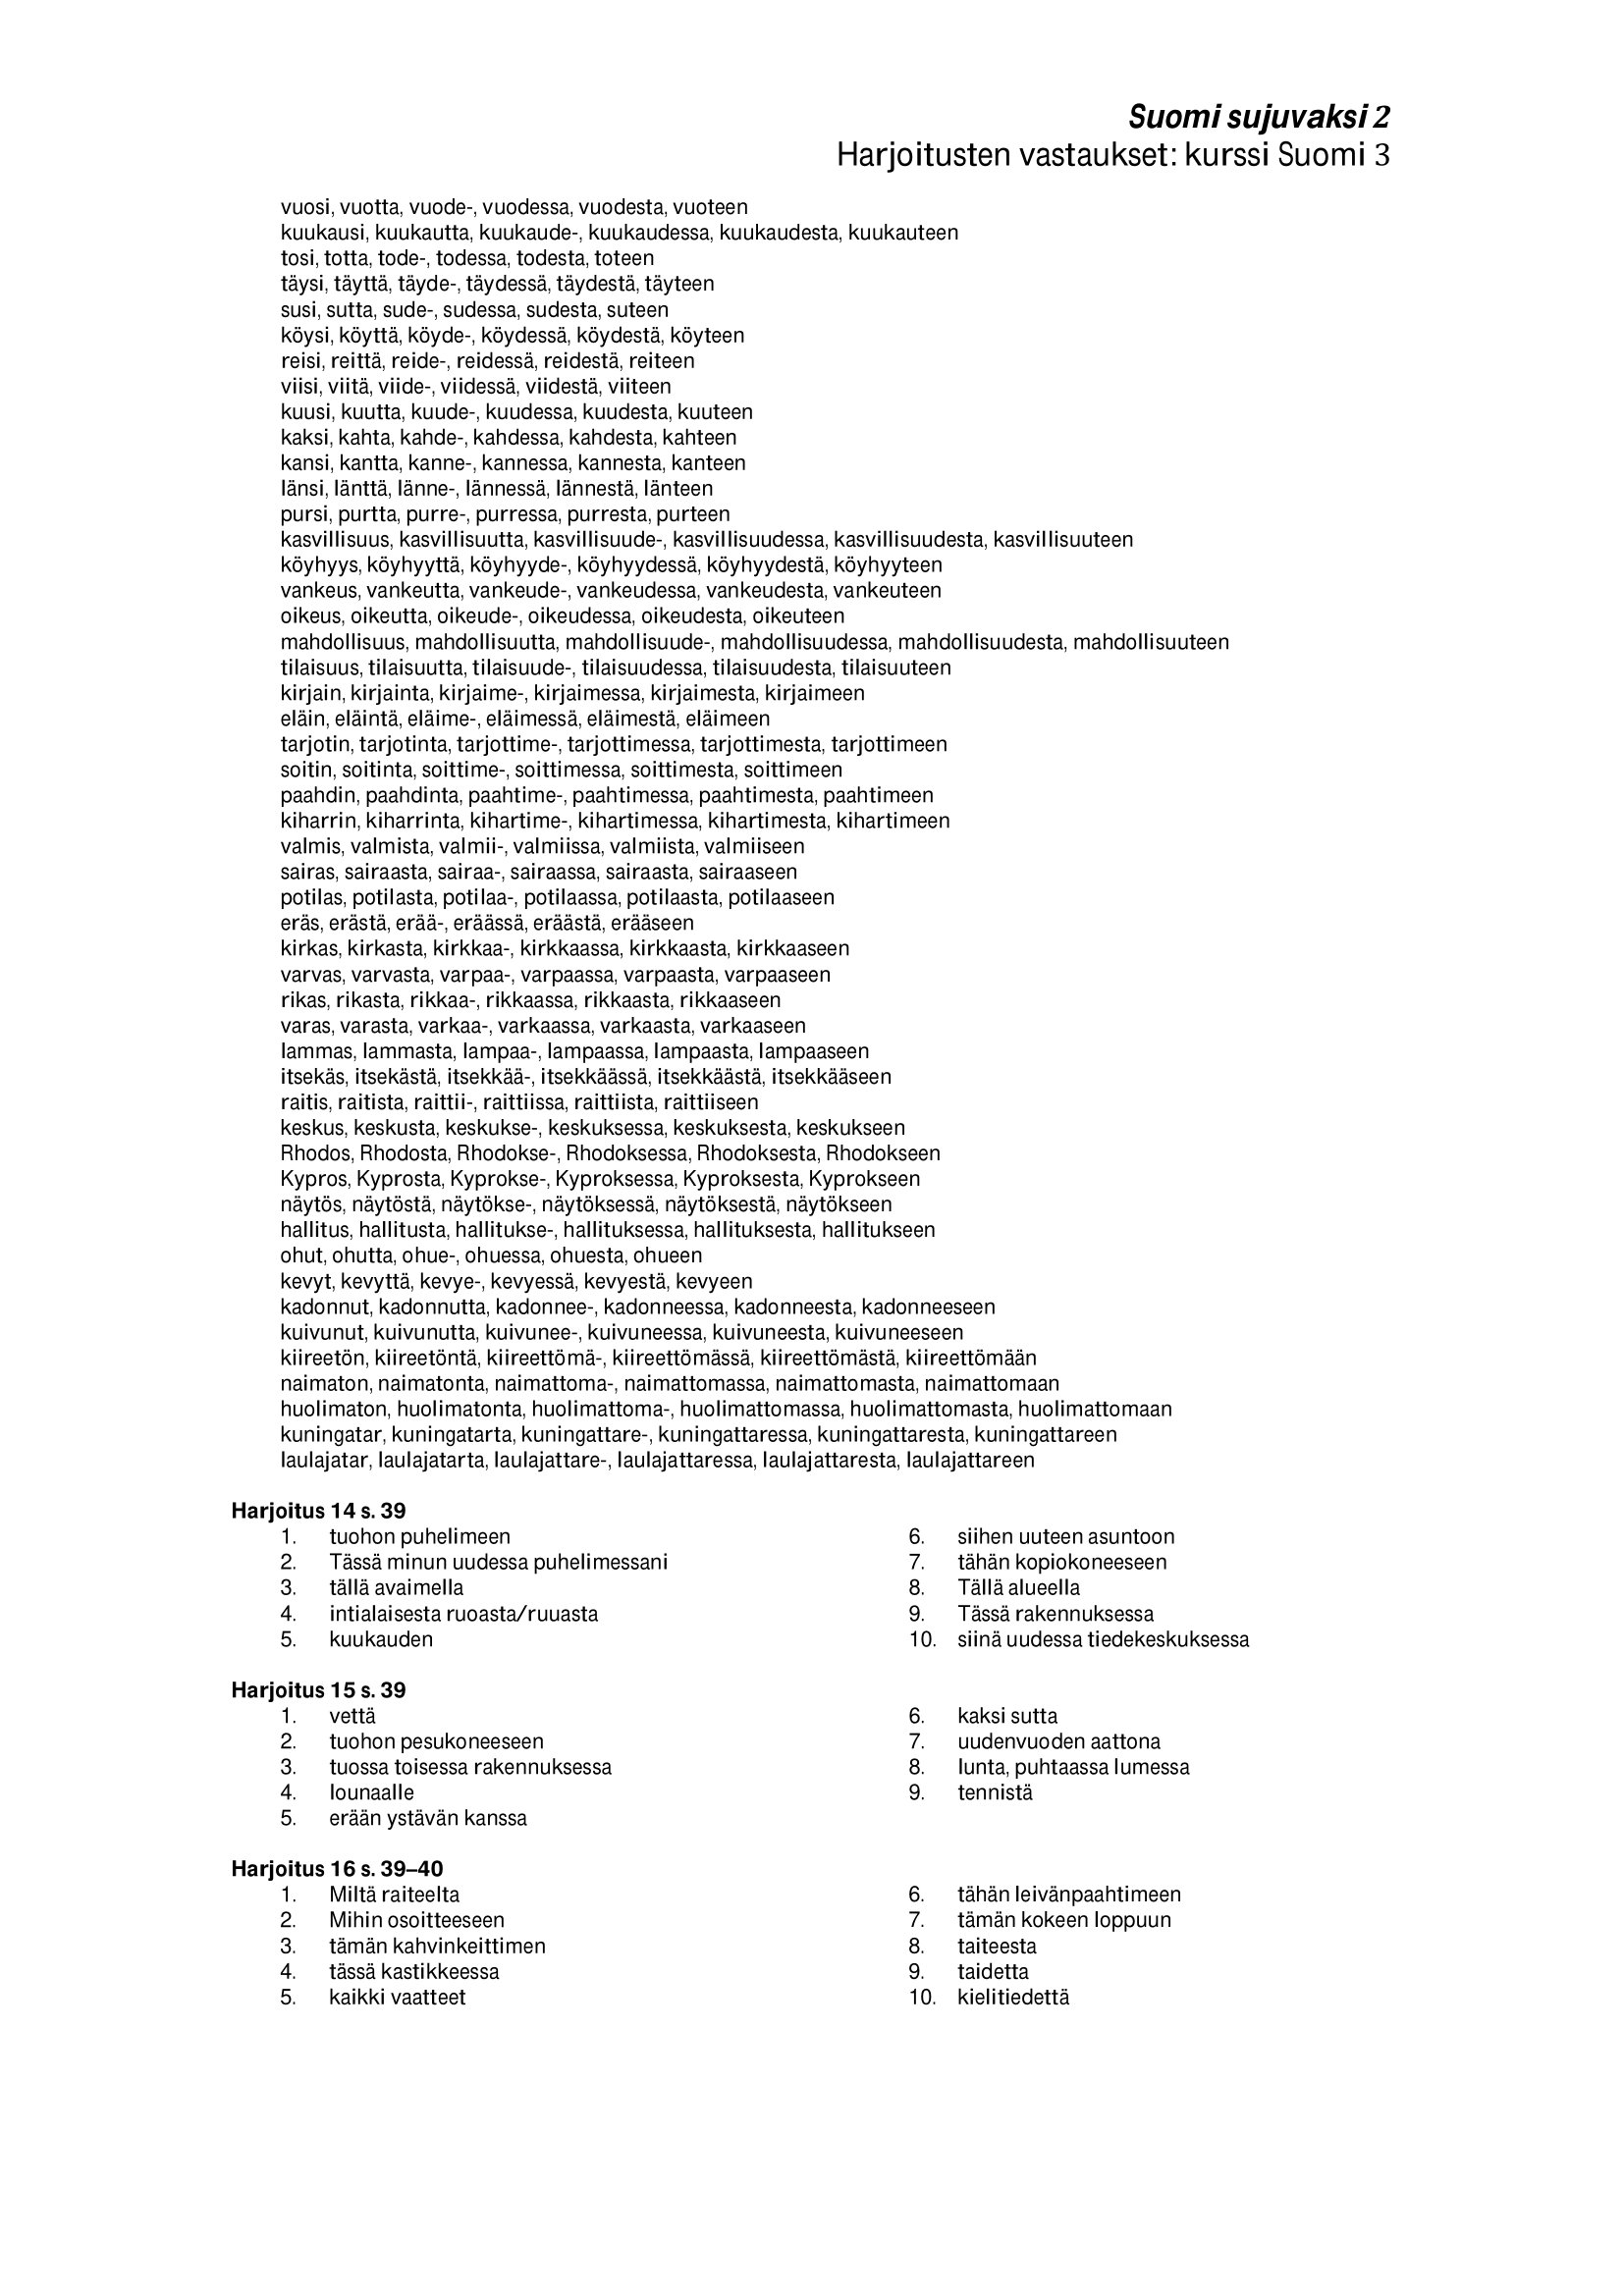
Language: fn